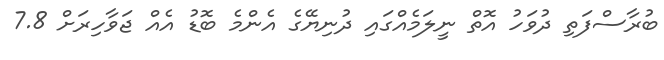
ބުރާސްފަތި ދުވަހު އޮތް ނީލަމެއްގައި ދުނިޔޭގެ އެންމެ ބޮޑު އެއް ޖަވާހިރަށް 7.8